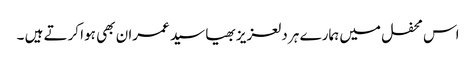
اس محفل میں ہمارے ہر دلعزیز بھیا سید عمران بھی ہوا کرتے ہیں ۔